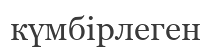
күмбірлеген